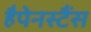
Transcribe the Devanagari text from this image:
हैपेनस्टैंस